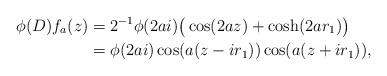
LaTeX: \begin{align*}\phi(D)f_a(z) & = 2^{-1}\phi(2ai)\big( \cos(2az) + \cosh(2ar_1) \big) \\& = \phi(2ai) \cos(a(z-ir_1)) \cos(a(z+i r_1)),\end{align*}